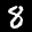
Label: 8